Report on horse surra - Volume II, Part I
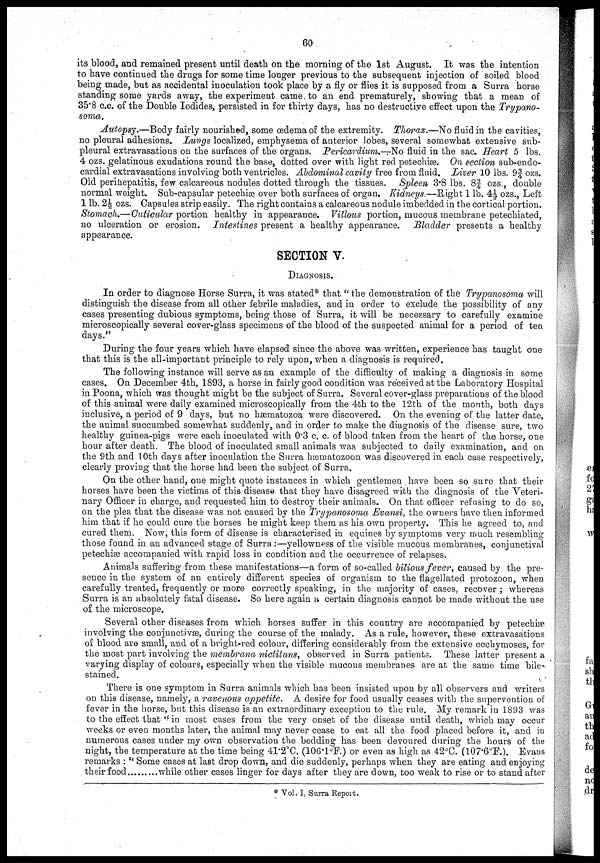
60
its blood, and remained present until death on the morning of the 1st August. It was the intention
to have continued the drugs for some time longer previous to the subsequent injection of soiled blood
being made, but as accidental inoculation took place by a fly or flies it is supposed from a Surra horse
standing some yards away, the experiment came to an end prematurely, showing that a mean of
35.8 c.c. of the Double Iodides, persisted in for thirty days, has no destructive effect upon the Trypano-
soma.
Autopsy.—Body fairly nourished, some œdema of the extremity. Thorax.—No fluid in the cavities,
no pleural adhesions. Lungs localized, emphysema of anterior lobes, several somewhat extensive sub-
pleural extravasations on the surfaces of the organs. Pericardium.—No fluid in the sac. Heart 5 lbs.
4 ozs. gelatinous exudations round the base, dotted over with light red petechiæ. On section sub-endo-
cardial extravasations involving both ventricles. Abdominal cavity free from fluid. Liver 10 lbs. 9¾ ozs.
Old perihepatitis, few calcareous nodules dotted through the tissues. Spleen 3.8 lbs. 8¾ ozs., double
normal weight. Sub-capsular petechiæ over both surfaces of organ. Kidneys.—Right 1 lb. 4½ ozs., Left
1 lb. 2½ ozs. Capsules strip easily. The right contains a calcareous nodule imbedded in the cortical portion.
Stomach.—Cuticular portion healthy in appearance. Villous portion, mucous membrane petechiated,
no ulceration or erosion. Intestines present a healthy appearance. Bladder presents a healthy
appearance.
SECTION V.
DIAGNOSIS.
In order to diagnose Horse Surra, it was stated* that " the demonstration of the Trypanosoma will
distinguish the disease from all other febrile maladies, and in order to exclude the possibility of any
cases presenting dubious symptoms, being those of Surra, it will be necessary to carefully examine
microscopically several cover-glass specimens of the blood of the suspected animal for a period of ten
days."
During the four years which have elapsed since the above was written, experience has taught one
that this is the all-important principle to rely upon, when a diagnosis is required.
The following instance will serve as an example of the difficulty of making a diagnosis in some
cases. On December 4th, 1893, a horse in fairly good condition was received at the Laboratory Hospital
in Poona, which was thought might be the subject of Surra. Several cover-glass preparations of the blood
of this animal were daily examined microscopically from the 4th to the 12th of the month, both days
inclusive, a period of 9 days, but no hæmatozoa were discovered. On the evening of the latter date,
the animal succumbed somewhat suddenly, and in order to make the diagnosis of the disease sure, two
healthy guinea-pigs were each inoculated with 0.3 c. c. of blood taken from the heart of the horse, one
hour after death. The blood of inoculated small animals was subjected to daily examination, and on
the 9th and 10th days after inoculation the Surra hæmatozoon was discovered in each case respectively,
clearly proving that the horse had been the subject of Surra.
On the other hand, one might quote instances in which gentlemen have been so sure that their
horses have been the victims of this disease that they have disagreed with the diagnosis of the Veteri-
nary Officer in charge, and requested him to destroy their animals. On that officer refusing to do so,
on the plea that the disease was not caused by the Trypanosoma Evansi, the owners have then informed
him that if he could cure the horses he might keep them as his own property. This he agreed to, and
cured them. Now, this form of disease is characterised in equines by symptoms very much resembling
those found in an advanced stage of Surra :—yellowness of the visible mucous membranes, conjunctival
petechiæ accompanied with rapid loss in condition and the occurrence of relapses.
Animals suffering from these manifestations—a form of so-called bilious fever, caused by the pre-
sence in the system of an entirely different species of organism to the flagellated protozoon, when
carefully treated, frequently or more correctly speaking, in the majority of cases, recover ; whereas
Surra is an absolutely fatal disease. So here again a certain diagnosis cannot be made without the use
of the microscope.
Several other diseases from which horses suffer in this country are accompanied by petechiæ
involving the conjunctivæ, during the course of the malady. As a rule, however, these extravasations
of blood are small, and of a bright-red colour, differing considerably from the extensive ecchymoses, for
the most part involving the membrana nictitans, observed in Surra patients. These latter present a
varying display of colours, especially when the visible mucous membranes are at the same time bile-
stained.
There is one symptom in Surra animals which has been insisted upon by all observers and writers
on this disease, namely, a ravenous appetite. A desire for food usually ceases with the supervention of
fever in the horse, but this disease is an extraordinary exception to the rule. My remark in 1893 was
to the effect that " in most cases from the very onset of the disease until death, which may occur
weeks or even months later, the animal may never cease to eat all the food placed before it, and in
numerous cases under my own observation the bedding has been devoured during the hours of the
night, the temperature at the time being 41.2°C. (106.1°F.) or even as high as 42°C. (107.6°F.). Evans
remarks : " Some cases at last drop down, and die suddenly, perhaps when they are eating and enjoying
their food
while other cases linger for days after they are down, too weak to rise or to stand after
* Vol. I, Surra Report.